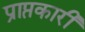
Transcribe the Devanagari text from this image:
प्राप्तकारी